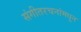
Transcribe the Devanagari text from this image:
संगीतरचनांमधून